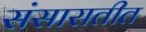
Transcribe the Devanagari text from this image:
संसारातीत